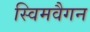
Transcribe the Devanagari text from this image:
स्विमवैगन